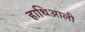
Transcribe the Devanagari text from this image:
हाथिआली